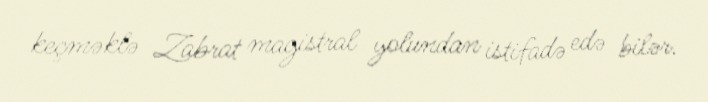
keçməklə Zabrat magistral yolundan istifadə edə bilər.